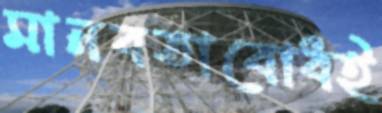
মানবতাবোধই